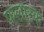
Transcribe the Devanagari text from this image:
फलास्क